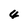
Character: 4